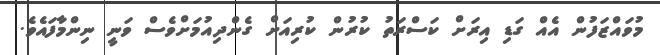
މުވައްޒަފުން އެއް ގަޑި އިރަށް ކަސްރަތު ކުރުން ކުރިއަށް ގެންދިއުމަށްވެސް ވަނީ ނިންމާފައެވެ.